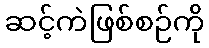
ဆင့်ကဲဖြစ်စဉ်ကို